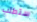
ستطلب